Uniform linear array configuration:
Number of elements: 8
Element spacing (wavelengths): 0.25
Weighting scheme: hann
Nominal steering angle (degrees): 30
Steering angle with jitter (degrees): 30.133
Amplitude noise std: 0.05
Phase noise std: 0.05

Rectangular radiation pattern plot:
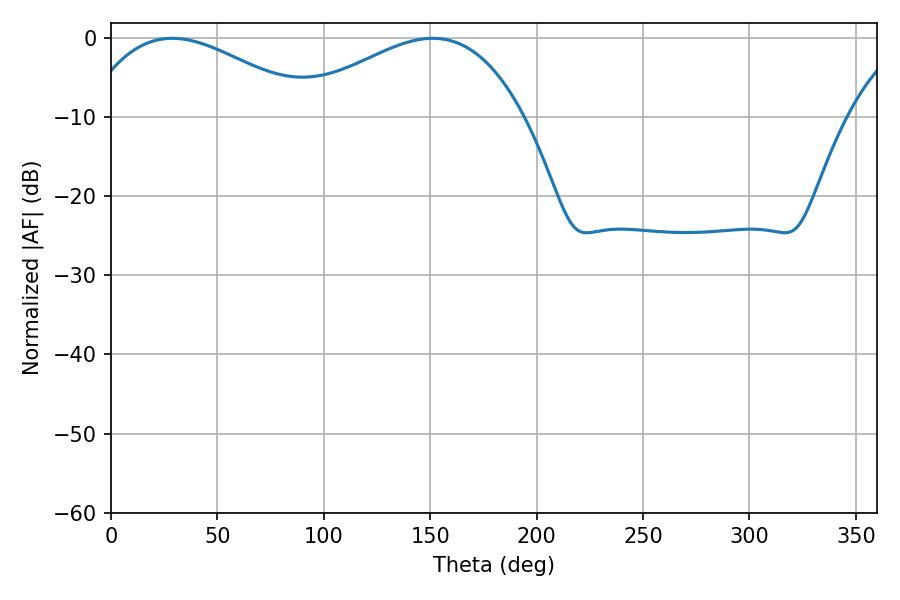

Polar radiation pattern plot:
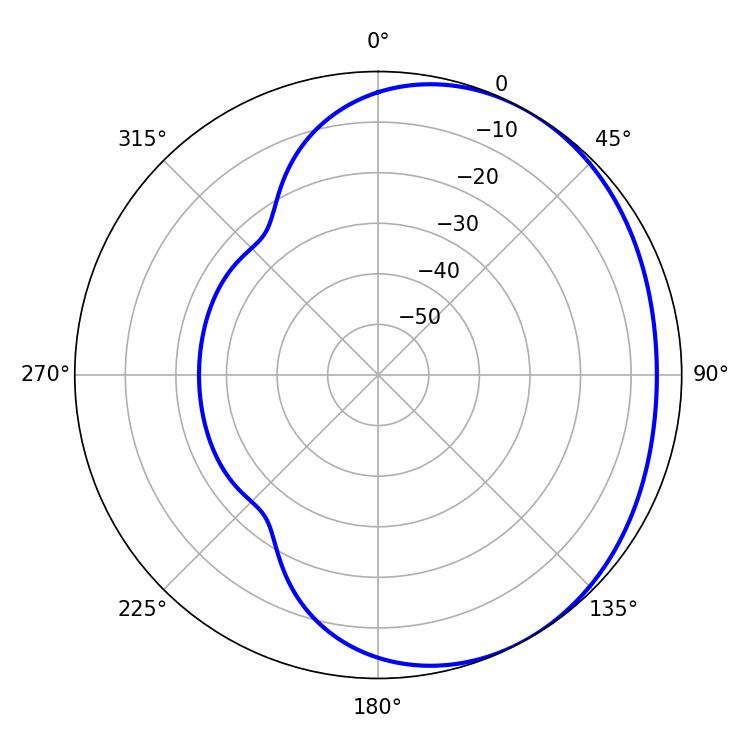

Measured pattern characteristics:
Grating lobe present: FALSE
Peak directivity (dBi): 2.3
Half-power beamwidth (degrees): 59.22
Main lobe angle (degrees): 151.2